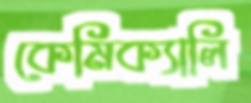
কেমিক্যালি